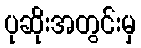
ပုဆိုးအတွင်းမှ